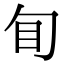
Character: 䀏